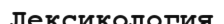
Лексикология